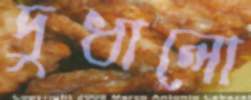
দুধালো